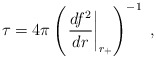
\begin{align*}\tau =4\pi \left( \left. \frac{df^{2}}{dr}\right| _{r_{+}}\right) ^{-1}\;,\end{align*}